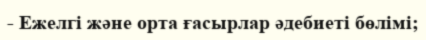
- Ежелгі және орта ғасырлар әдебиеті бөлімі;